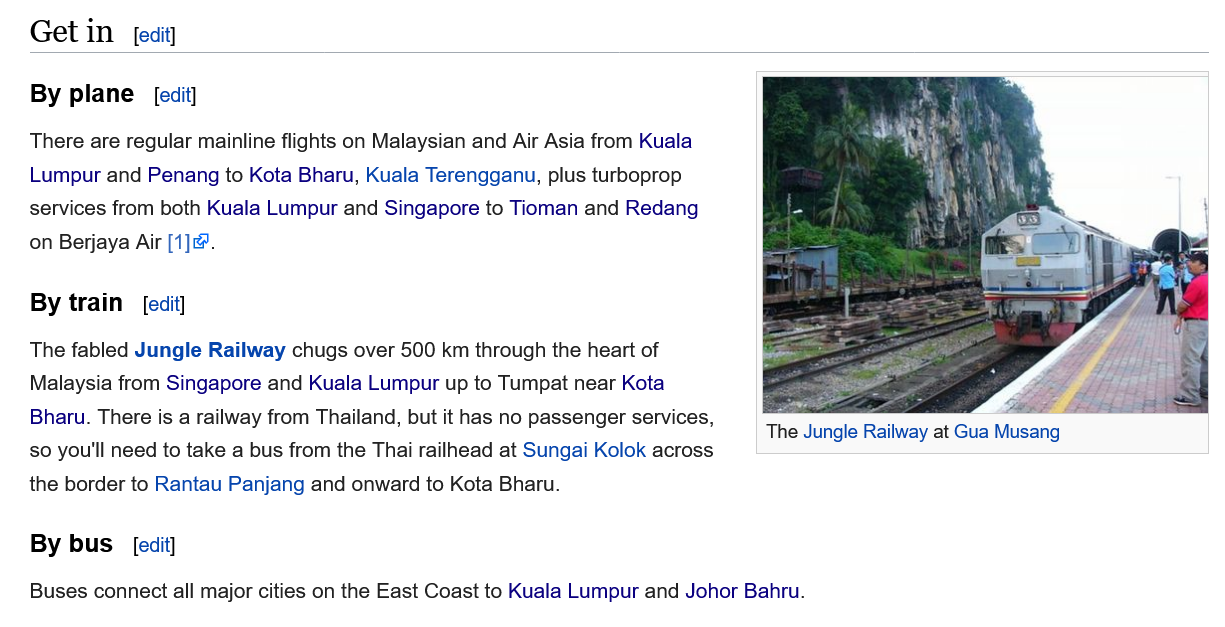
There are regular mainline flights on Malaysian and Air Asia from Kuala
   Lumpur and Penang to Kota Bharu, Kuala Terengganu, plus turboprop
   services from both Kuala Lumpur and Singapore to Tioman and Redang
   on Berjaya Air [1]@.
   The fabled Jungle Railway chugs over 500 km through the heart of
   Malaysia from Singapore and Kuala Lumpur up to Tumpat near Kota
   Bharu. There is a railway from Thailand, but it has no passenger services,
   so you'll need to take a bus from the Thai railhead at Sungai Kolok across
   the border to Rantau Panjang and onward to Kota Bharu.
   Buses connect all major cities on the East Coast to Kuala Lumpur and Johor Bahru.
   By  bus  [edit]
   By train  [edit]
   By  plane  [edit]
   Get  in  [edit]
     The Jungle Railway at Gua Musang